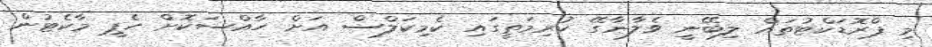
މި ޕްރޮޑަކްޓުތައް ލިބޭނީ ވެލާނާގޭ ކުރިމަތީގައި ކެމިކަލްސް އަށް ހާއްސަކޮށް ހެޕީ މާކެޓުން